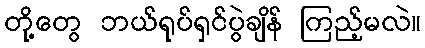
တို့တွေ ဘယ်ရုပ်ရှင်ပွဲချိန် ကြည့်မလဲ။